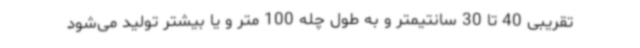
تقریبی 40 تا 30 سانتیمتر و به طول چله 100 متر و یا بیشتر تولید می‌شود